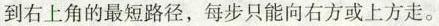
到右上角的最短路径，每步只能向右方或上方走。